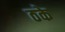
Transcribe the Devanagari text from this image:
ठके